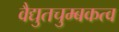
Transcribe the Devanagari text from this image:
वैद्युतचुम्बकत्व